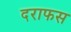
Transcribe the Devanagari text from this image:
दराफस